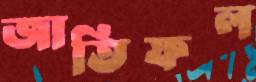
জাতিফল